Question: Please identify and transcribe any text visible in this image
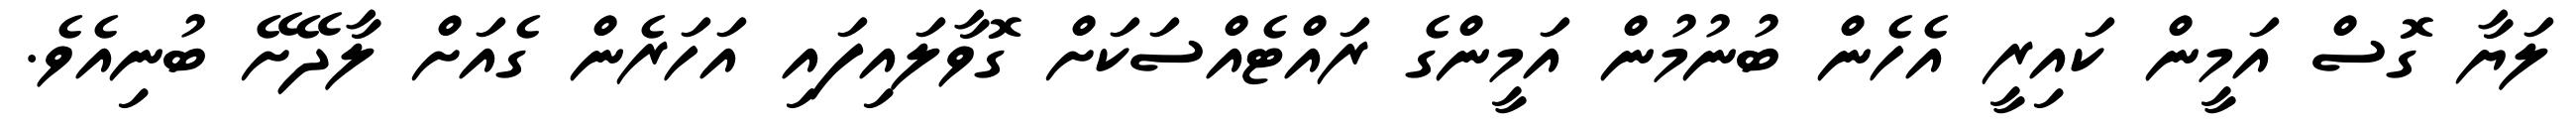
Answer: ލަޔާ ގޮސް އަމީން ކައިރީ އެހެން ބުނުމުން އަމީންގެ ރައްޓެއްސަކަށް ގޮވާލައިފައި އަހަރެން ގެއަށް ލާދޭށޭ ބުނިއެވެ.